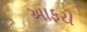
આફરો